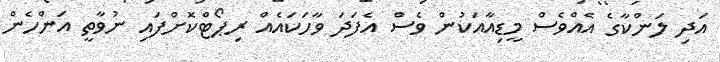
އަދި ލަންކާގެ އެއްވެސް މީޑިއާއަކުން ވެސް އެފަދަ ވާހަކައެއް ރިޕޯޓްކޮށްފައި ނުވާތީ އަންހެން